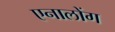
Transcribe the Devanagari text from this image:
एनालोंग